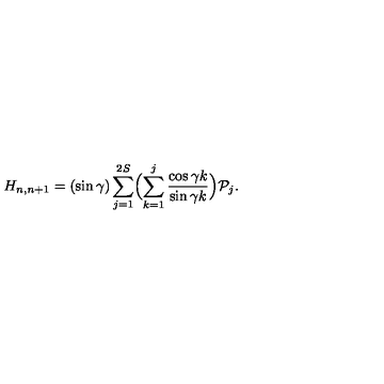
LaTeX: H _ { n , n + 1 } = ( \sin \gamma ) \sum _ { j = 1 } ^ { 2 S } \Bigl ( \sum _ { k = 1 } ^ { j } \frac { \cos \gamma k } { \sin \gamma k } \Bigr ) { \cal P } _ { j } .